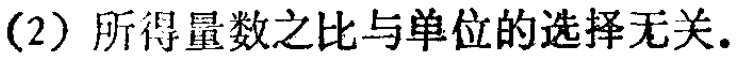
(2) 所得量数之比与单位的选择无关.